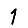
Digit: 1